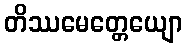
တိဿမေတ္တေယျော